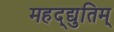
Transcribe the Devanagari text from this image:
महद्‌द्युतिम्